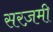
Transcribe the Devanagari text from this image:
सरज़मी